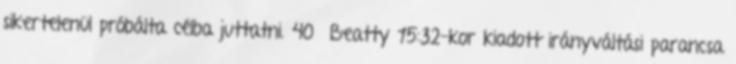
sikertelenül próbálta célba juttatni. 40 Beatty 15:32-kor kiadott irányváltási parancsa